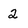
Character: 2